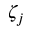
\zeta _ { j }